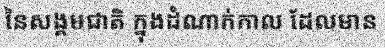
នៃសង្គមជាតិ ក្នុងដំណាក់កាល ដែលមាន